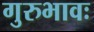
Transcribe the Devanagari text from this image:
गुरुभावः